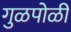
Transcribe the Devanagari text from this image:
गुळपोळी